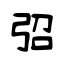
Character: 弨